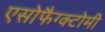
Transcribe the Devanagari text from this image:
एसोफैग्क्टोमी